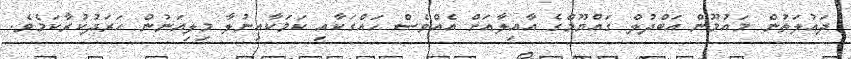
ދައުލަތުން މައުމޫން އަބްދުލް ގައްޔޫމްގެ އާއިލާއަށް އެއްވެސް ހައްގަކާއި ކަމަކާއިނުލާ މިލިއަނުން ހަރަދުކުރާކަމެވެ.